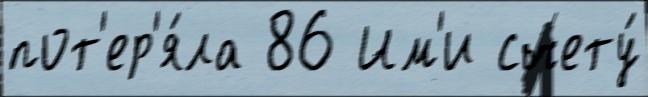
пот'ер'я́ла 86 Им'и счету́